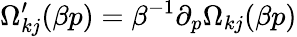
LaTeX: \Omega_{kj}^{\prime}(\beta p)=\beta^{-1}\partial_{p}\Omega_{kj}(\beta p)